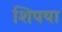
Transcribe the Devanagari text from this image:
शिपया